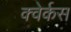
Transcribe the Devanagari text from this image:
क्वेर्कस